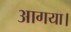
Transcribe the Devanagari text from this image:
आगया।